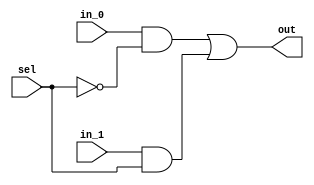
module mux_2(in_0,in_1,out,sel);
  input in_0,in_1;
  input sel;
  output out;
  wire in_0,in_1;
  wire sel,sel_b;
  wire n_0,n_1;
  wire out;
  or OR (out, n_0, n_1);
  and AND0 (n_0, in_0, sel_b);
  and AND1 (n_1, in_1, sel);
  not NOT0 (sel_b, sel);
endmodule